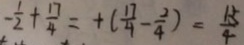
- \frac { 1 } { 2 } + \frac { 1 7 } { 4 } = + ( \frac { 1 7 } { 4 } - \frac { 2 } { 4 } ) = \frac { 1 5 } { 4 }